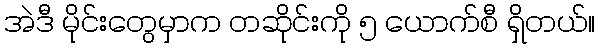
အဲဒီ မိုင်းတွေမှာက တဆိုင်းကို ၅ ယောက်စီ ရှိတယ်။